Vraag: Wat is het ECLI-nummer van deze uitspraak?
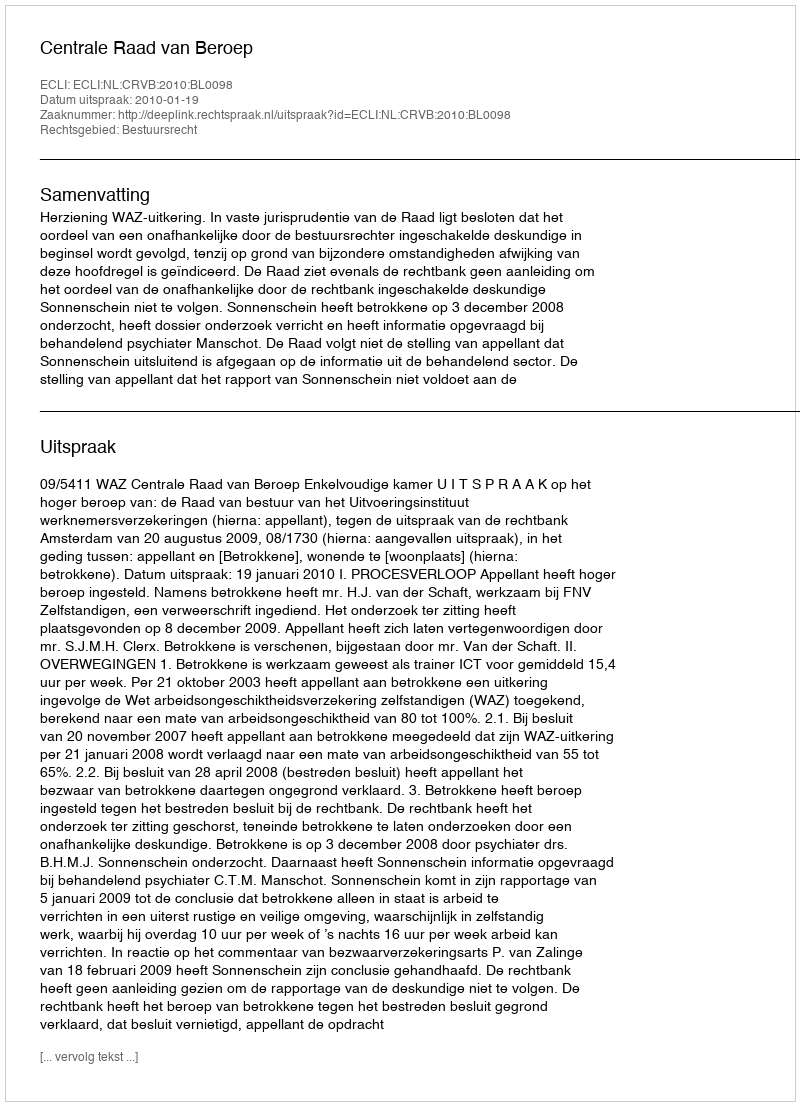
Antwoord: ECLI:NL:CRVB:2010:BL0098